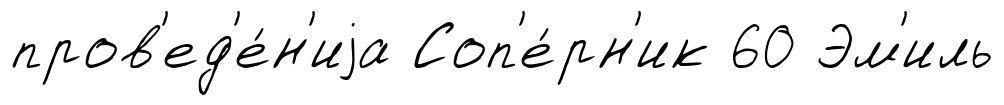
пров'ед'е́н'иjа Соп'е́рн'ик 60 Эм'иль